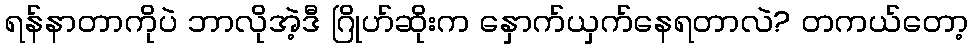
ရန်နာတာကိုပဲ ဘာလိုအဲ့ဒီ ဂြိုဟ်ဆိုးက နှောက်ယှက်နေရတာလဲ? တကယ်တော့